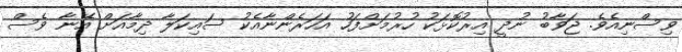
ވިސްނިއެވެ. ޖަވާބު ނުދީ އިރުކޮޅަކު ހުރުމަށްފަހު އަހަރެންނާއެކު ސައިކަލާ ދިމާއަށް އޭނާ ވެސް